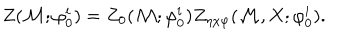
LaTeX: Z ( { \cal M } ; { \varphi } _ { 0 } ^ { i } ) = Z _ { 0 } ( { \cal M } ; { \varphi } _ { 0 } ^ { i } ) Z _ { \eta \chi \varphi } ( { \cal M } , X ; { \varphi } _ { 0 } ^ { i } ) .